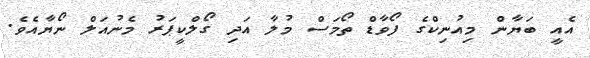
އެއީ ބަޔާން މިއުނިކްގެ ފޯވާޑް ތޯމަސް މުލާ އަދި ގޯލްކީޕަރު މެނުއަލް ނޯޔާއެވެ.